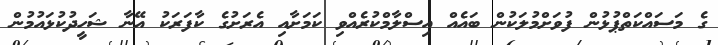
ގެ މަސައްކަތްޕުޅުން ފުވަށްމުލަކުން ބައެއް އިސްލާމްކުރެއްވި ކަމަށާއި އެރަށުގެ ކާފަރަކު އޭނާ ޝަހީދުކުޅައުމުން